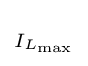
\scriptstyle I_{L_{\text{max}}}